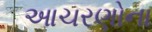
આચરણોના